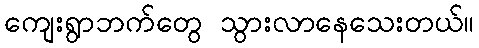
ကျေးရွာဘက်တွေ သွားလာနေသေးတယ်။